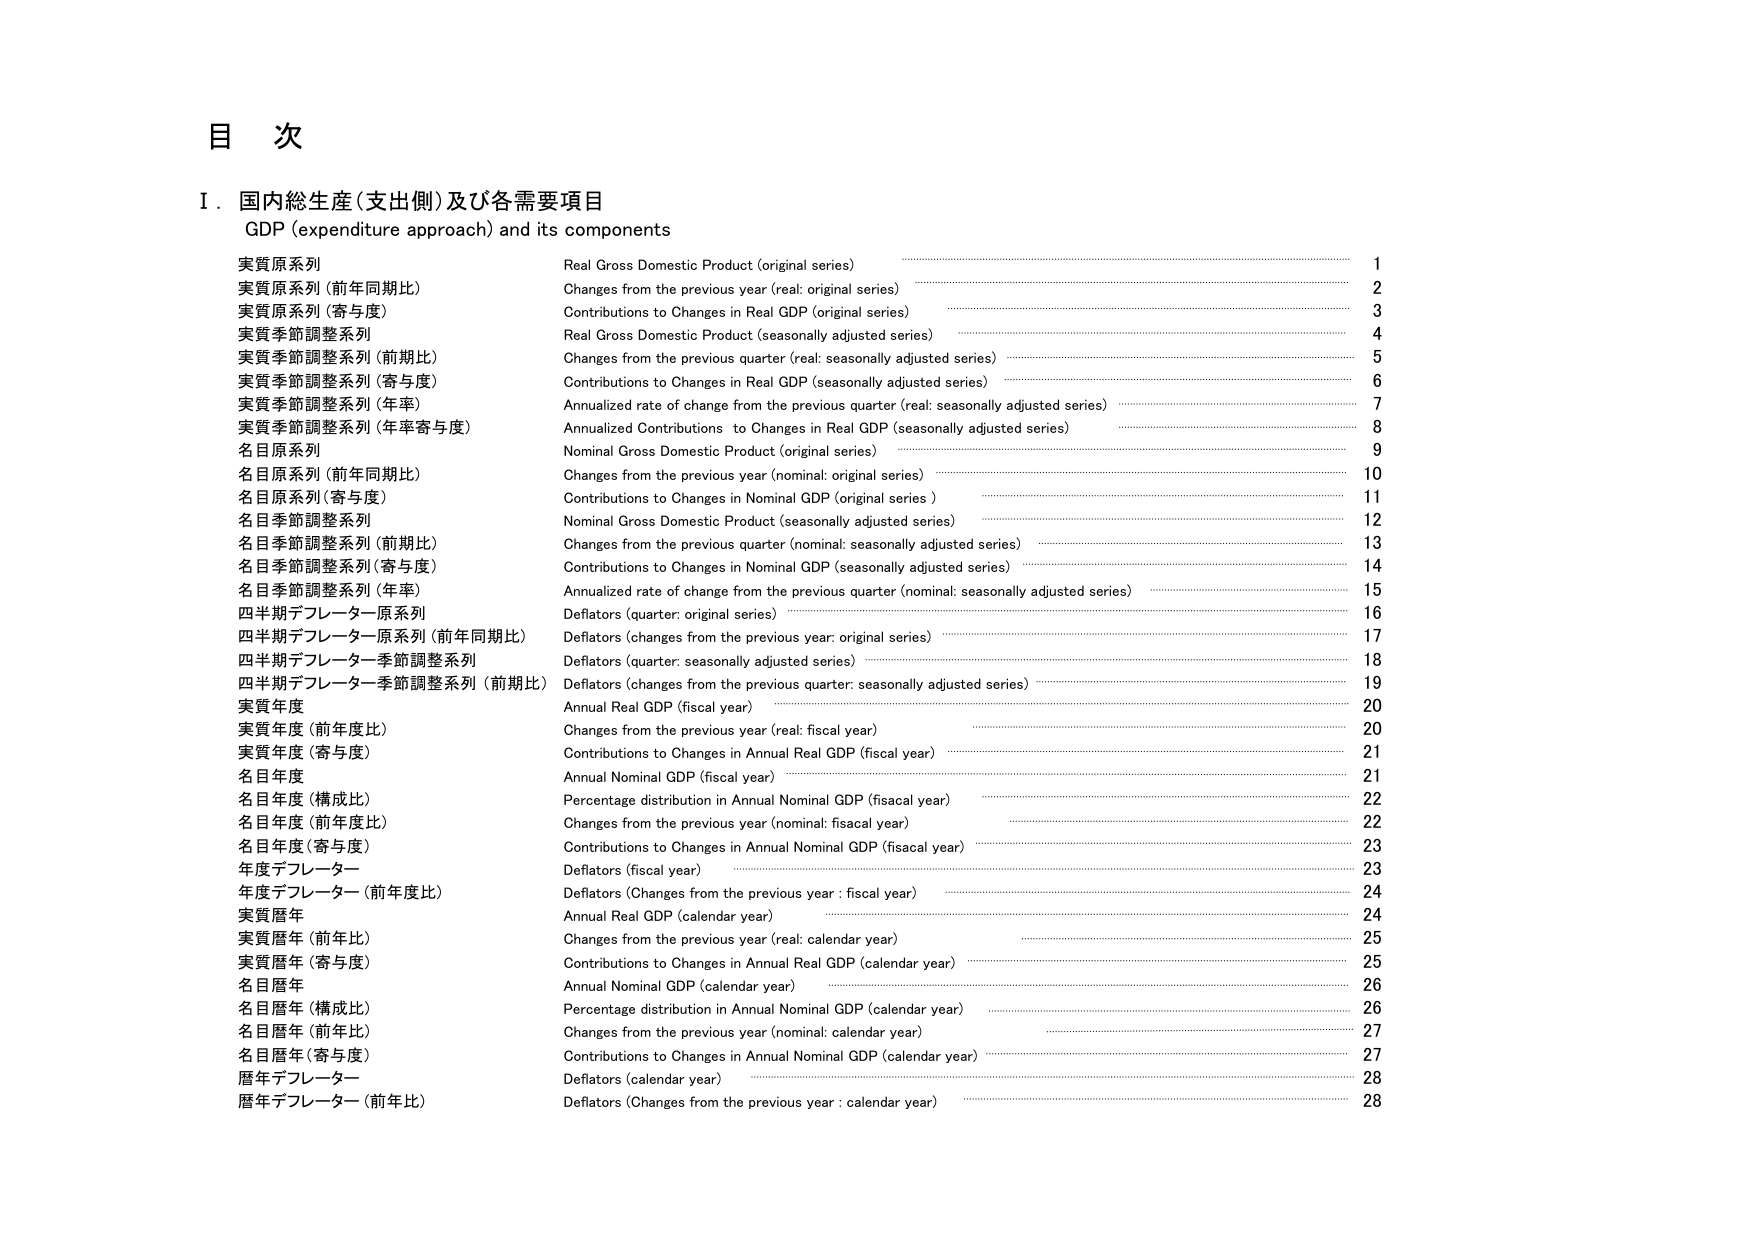
目 次

I．国内総生産（支出側）及び各需要項目
GDP (expenditure approach) and its components

実質原系列 Real Gross Domestic Product (original series) 1
実質原系列（前年同期比） Changes from the previous year (real: original series) 2
実質原系列（寄与度） Contributions to Changes in Real GDP (original series) 3
実質季節調整系列 Real Gross Domestic Product (seasonally adjusted series) 4
実質季節調整系列（前期比） Changes from the previous quarter (real: seasonally adjusted series) 5
実質季節調整系列（寄与度） Contributions to Changes in Real GDP (seasonally adjusted series) 6
実質季節調整系列（年率） Annualized rate of change from the previous quarter (real: seasonally adjusted series) 7
実質季節調整系列（年率寄与度） Annualized Contributions to Changes in Real GDP (seasonally adjusted series) 8
名目原系列 Nominal Gross Domestic Product (original series) 9
名目原系列（前年同期比） Changes from the previous year (nominal: original series) 10
名目原系列（寄与度） Contributions to Changes in Nominal GDP (original series) 11
名目季節調整系列 Nominal Gross Domestic Product (seasonally adjusted series) 12
名目季節調整系列（前期比） Changes from the previous quarter (nominal: seasonally adjusted series) 13
名目季節調整系列（寄与度） Contributions to Changes in Nominal GDP (seasonally adjusted series) 14
名目季節調整系列（年率） Annualized rate of change from the previous quarter (nominal: seasonally adjusted series) 15
四半期デフレーター原系列 Deflators (quarter: original series) 16
四半期デフレーター原系列（前年同期比） Deflators (changes from the previous year: original series) 17
四半期デフレーター季節調整系列 Deflators (quarter: seasonally adjusted series) 18
四半期デフレーター季節調整系列（前期比） Deflators (changes from the previous quarter: seasonally adjusted series) 19
実質年度 Annual Real GDP (fiscal year) 20
実質年度（前年度比） Changes from the previous year (real: fiscal year) 20
実質年度（寄与度） Contributions to Changes in Annual Real GDP (fiscal year) 21
名目年度 Annual Nominal GDP (fiscal year) 21
名目年度（構成比） Percentage distribution in Annual Nominal GDP (fiscal year) 22
名目年度（前年度比） Changes from the previous year (nominal: fiscal year) 22
名目年度（寄与度） Contributions to Changes in Annual Nominal GDP (fiscal year) 23
年度デフレーター Deflators (fiscal year) 23
年度デフレーター（前年度比） Deflators (Changes from the previous year : fiscal year) 24
実質暦年 Annual Real GDP (calendar year) 24
実質暦年（前年比） Changes from the previous year (real: calendar year) 25
実質暦年（寄与度） Contributions to Changes in Annual Real GDP (calendar year) 25
名目暦年 Annual Nominal GDP (calendar year) 26
名目暦年（構成比） Percentage distribution in Annual Nominal GDP (calendar year) 26
名目暦年（前年比） Changes from the previous year (nominal: calendar year) 27
名目暦年（寄与度） Contributions to Changes in Annual Nominal GDP (calendar year) 27
暦年デフレーター Deflators (calendar year) 28
暦年デフレーター（前年比） Deflators (Changes from the previous year : calendar year) 28